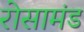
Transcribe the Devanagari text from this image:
रोसामंड